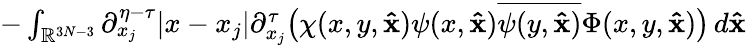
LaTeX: \begin{array}{r}{-\int_{\mathbb{R}^{3N-3}}\partial_{x_{j}}^{\eta-\tau}|x-x_{j}|\partial_{x_{j}}^{\tau}\big(\chi(x,y,\mathbf{\hat{x}})\psi(x,\mathbf{\hat{x}})\overline{{\psi(y,\mathbf{\hat{x}})}}\Phi(x,y,\mathbf{\hat{x}})\big)\, d\mathbf{\hat{x}}}\end{array}